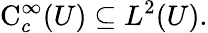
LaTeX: \operatorname{C}_{c}^{\infty}(U)\subseteq L^{2}(U).